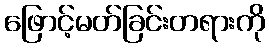
ဖြောင့်မတ်ခြင်းတရားကို